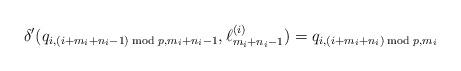
LaTeX: \begin{align*}\delta'(q_{i,(i+m_i+n_i-1)\bmod p,m_i+n_i-1},\ell_{m_i+n_i-1}^{(i)})&=q_{i,(i+m_i+n_i)\bmod p,m_i}\end{align*}